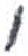
אות: י